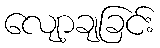
လျော့ချခြင်း